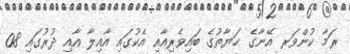
ރަމާ ކުންވަރ އޭނާގެ ޙަޔާތުގެ ބައިވެރިއާއި އެކުގައި އާއިލާ އާއި ދުރުގައި 08